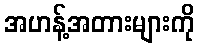
အဟန့်အတားများကို